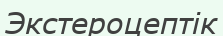
Экстероцептік